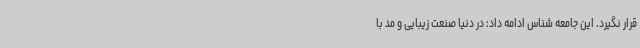
قرار نگیرد. این جامعه شناس ادامه داد: در دنیا صنعت زیبایی و مد با